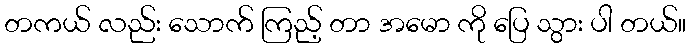
တကယ် လည်း သောက် ကြည့် တာ အမော ကို ပြေ သွား ပါ တယ်။